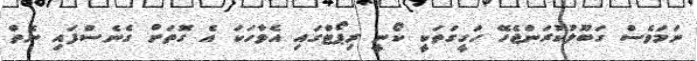
ނަމަވެސް ގަބޫލުކުރަންޖެހޭ ހަގީގަތަކީ ކޯނީ ރިޕޯޓްގައި އެވާހަކަ އެ ގޮތަށް ގެނެސްފައި ނެތް